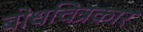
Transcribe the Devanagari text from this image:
बोधचित्रकार